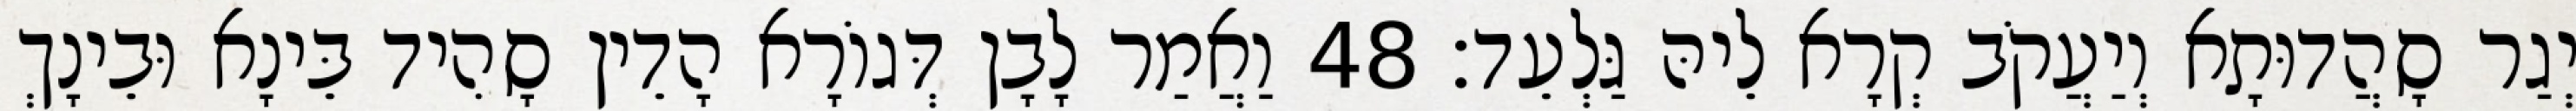
יְגַר סָהֲדוּתָא וְיַעֲקֹב קְרָא לֵיהּ גַּלְעֵד׃ 48 וַאֲמַר לָבָן דְּגוֹרָא הָדֵין סָהִיד בֵּינָא וּבֵינָךְ